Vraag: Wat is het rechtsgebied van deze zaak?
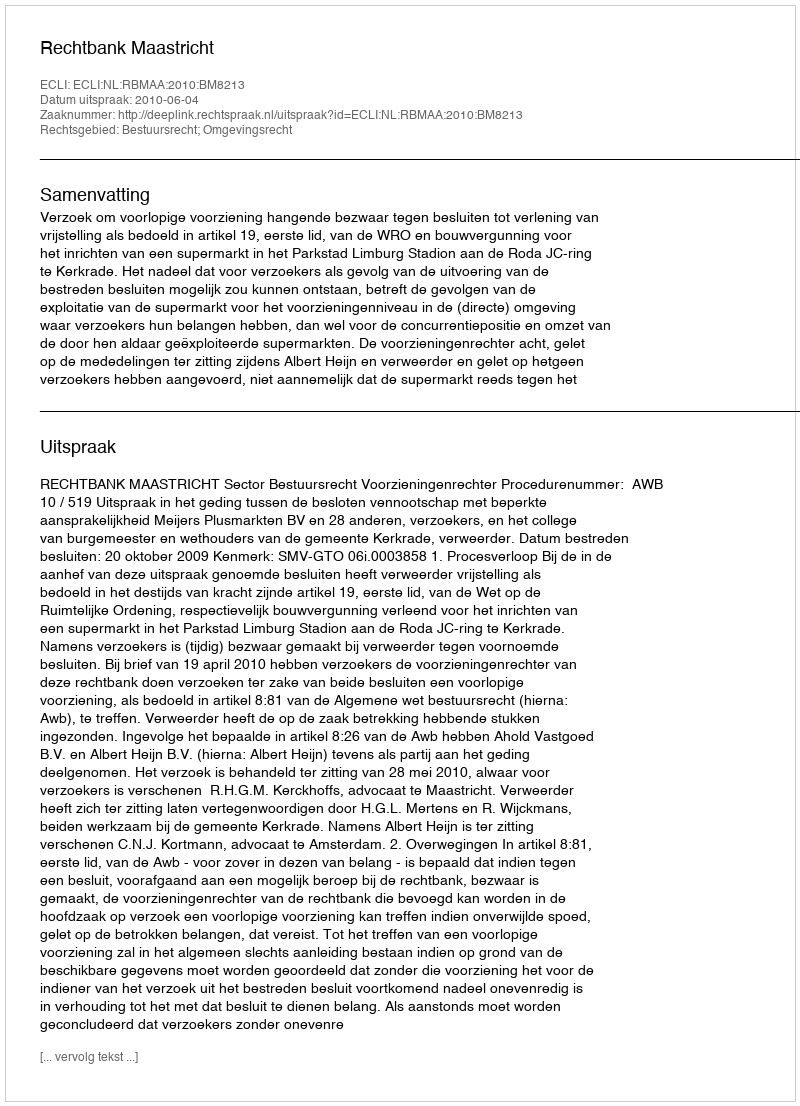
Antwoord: Bestuursrecht; Omgevingsrecht